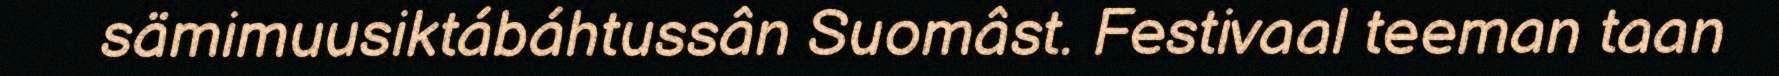
sämimuusiktábáhtussân Suomâst. Festivaal teeman taan